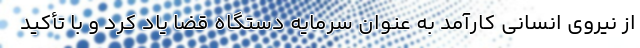
از نیروی انسانی کارآمد به عنوان سرمایه دستگاه قضا یاد کرد و با تأکید